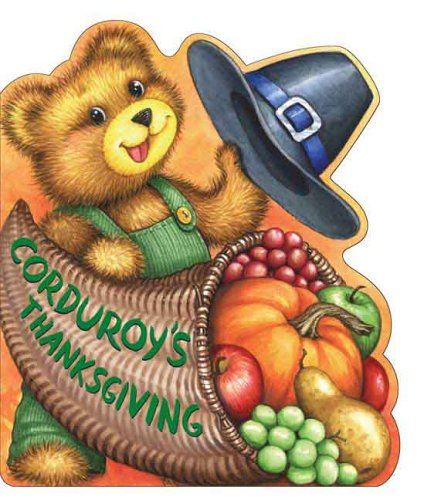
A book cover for Corduroy's Thanksgiving; Children's Books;